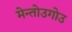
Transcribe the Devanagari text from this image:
मेन्तोउगोउ